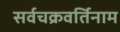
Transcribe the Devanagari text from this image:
सर्वचक्रवर्तिनाम